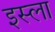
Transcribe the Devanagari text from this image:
इस्‍ला